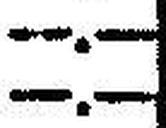
—.—